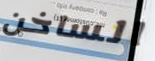
الساخن